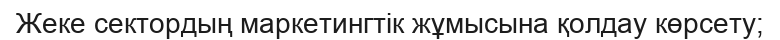
Жеке сектордың маркетингтік жұмысына қолдау көрсету;